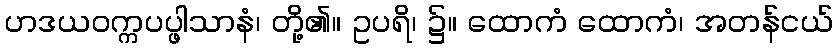
ဟဒယဝက္ကပပ္ဖါသာနံ၊ တို့၏။ ဥပရိ၊ ၌။ ထောကံ ထောကံ၊ အတန်ငယ်